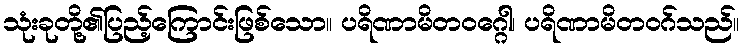
သုံးခုတို့၏ပြည့်ကြောင်းဖြစ်သော။ ပရိဏာမိတဝဂ္ဂေါ၊ ပရိဏာမိတဝဂ်သည်။